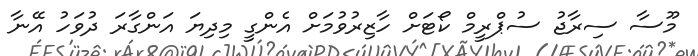
މޫސާ ސިރާޖު ސުޕްރީމް ކޯޓަށް ހާޒިރުވުމަށް އެންގީ މިދިޔަ އަންގާރަ ދުވަހު އޭނާ